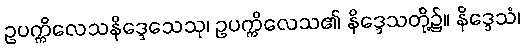
ဥပက္ကိလေသနိဒ္ဒေသေသု၊ ဥပက္ကိလေသ၏ နိဒ္ဒေသတို့၌။ နိဒ္ဒေသံ၊